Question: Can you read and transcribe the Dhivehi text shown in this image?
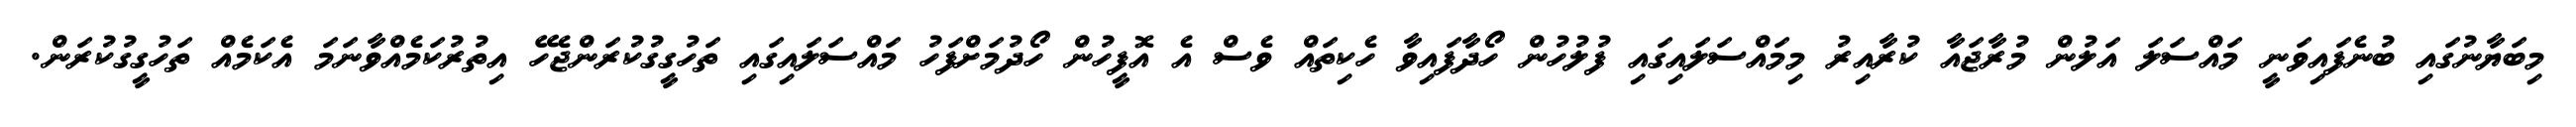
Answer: މިބަޔާނުގައި ބުނެފައިވަނީ މައްސަލަ އަލުން މުރާޖައާ ކުރާއިރު މިމައްސަލައިގައި ފުލުހުން ހޯދާފައިވާ ހެކިތައް ވެސް އެ އޮފީހުން ހޯދުމަށްފަހު މައްސަލައިގައި ތަހުގީގުކުރަންޖެހޭ އިތުރުކަމެއްވާނަމަ އެކަމެއް ތަހުގީގުކުރަން.